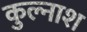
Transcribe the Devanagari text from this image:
कुल्नाश